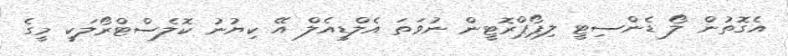
އެގޮތުން ލޯ ޑެންސިޓީ ލިޕޯޕްރޮޓީން ނުވަތަ އެލްޑީއެލް އޭ ކިޔުނު ކޮލެސްޓްރޯލަކީ މީގެ